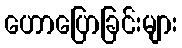
ဟောပြောခြင်းများ